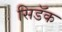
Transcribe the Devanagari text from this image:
सिडॅक